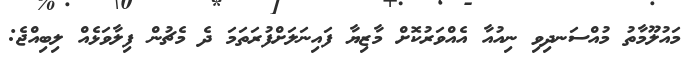
މައުލޫމާތު މުއްސަނދިވި ނިއުއާ އެއްވަރުކޮށް މާޒިޔާ ފައިނަލަށްފުރަތަމަ ދެ މެޗުން ފިލާވަޅެއް ލިބިއްޖެ: